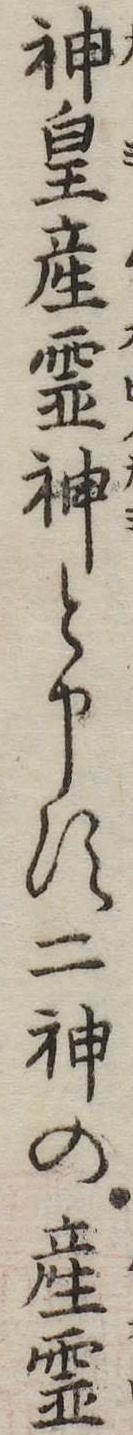
神皇産霊神と申す二神の産霊